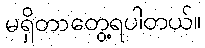
မရှိတာတွေ့ရပါတယ်။